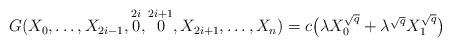
LaTeX: \begin{align*}G(X_0, \dots , X_{2i-1}, \overset{2i}{0}, \overset{2i+1}{0}, X_{2i+1}, \dots , X_n) = c \bigl( \lambda X_0^{\sqrt{q}} + \lambda^{\sqrt{q}} X_1^{\sqrt{q}} \bigr)\end{align*}